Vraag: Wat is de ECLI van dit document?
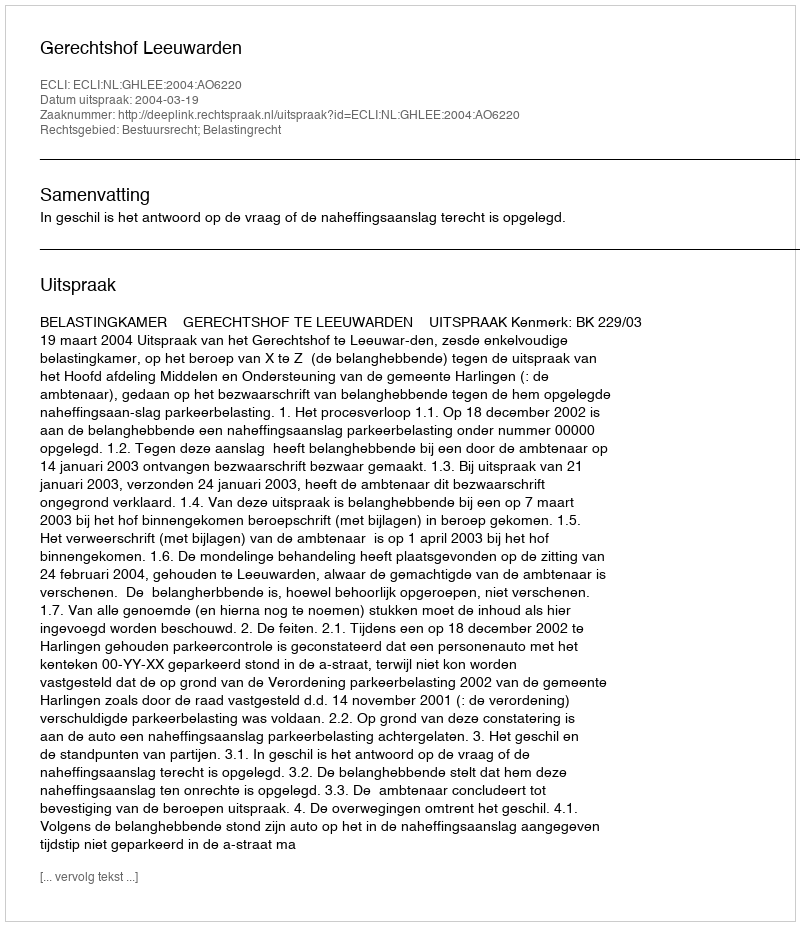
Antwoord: ECLI:NL:GHLEE:2004:AO6220